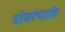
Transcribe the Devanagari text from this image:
दोघांचाहि